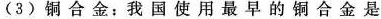
(3)铜合金：我国使用最早的铜合金是